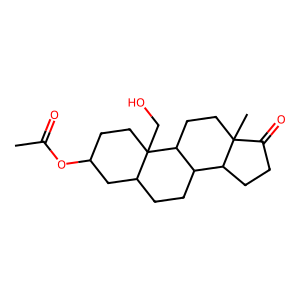
SMILES: CC(=O)OC1CCC2(CO)C(CCC3C4CCC(=O)C4(C)CCC32)C1
Inhibits HIV replication: No